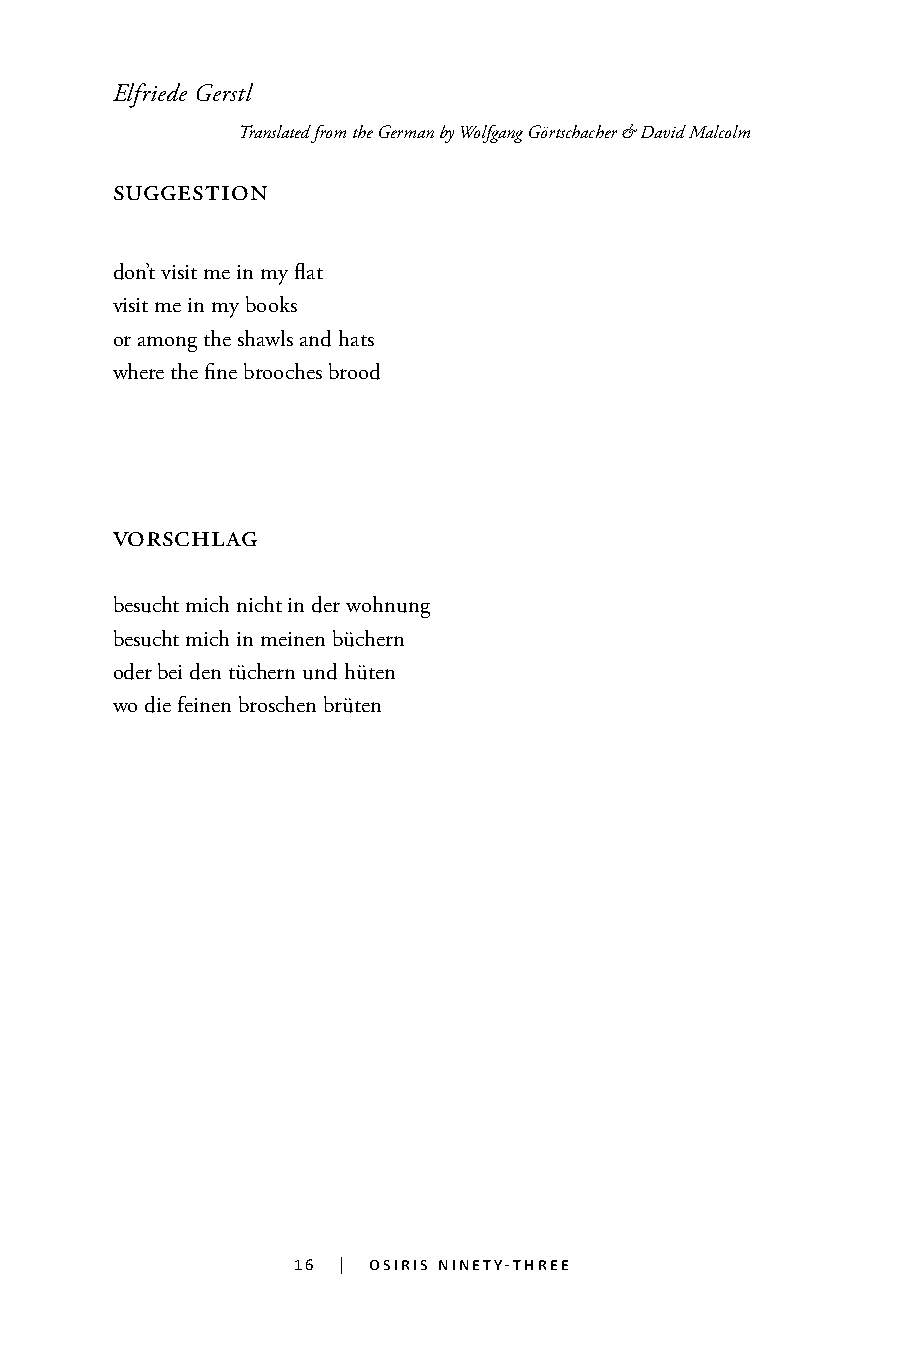
Elfriede Gerstl
 Translated from the German by Wolfgang Görtschacher & David Malcolm
 suggestion
 don’t visit me in my flat
 visit me in my books
 or among the shawls and hats
 where the fine brooches brood
 vorschlag
 besucht mich nicht in der wohnung
 besucht mich in meinen büchern
 oder bei den tüchern und hüten
 wo die feinen broschen brüten
 16 | osiris ninety-three